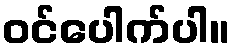
ဝင်ပေါက်ပါ။